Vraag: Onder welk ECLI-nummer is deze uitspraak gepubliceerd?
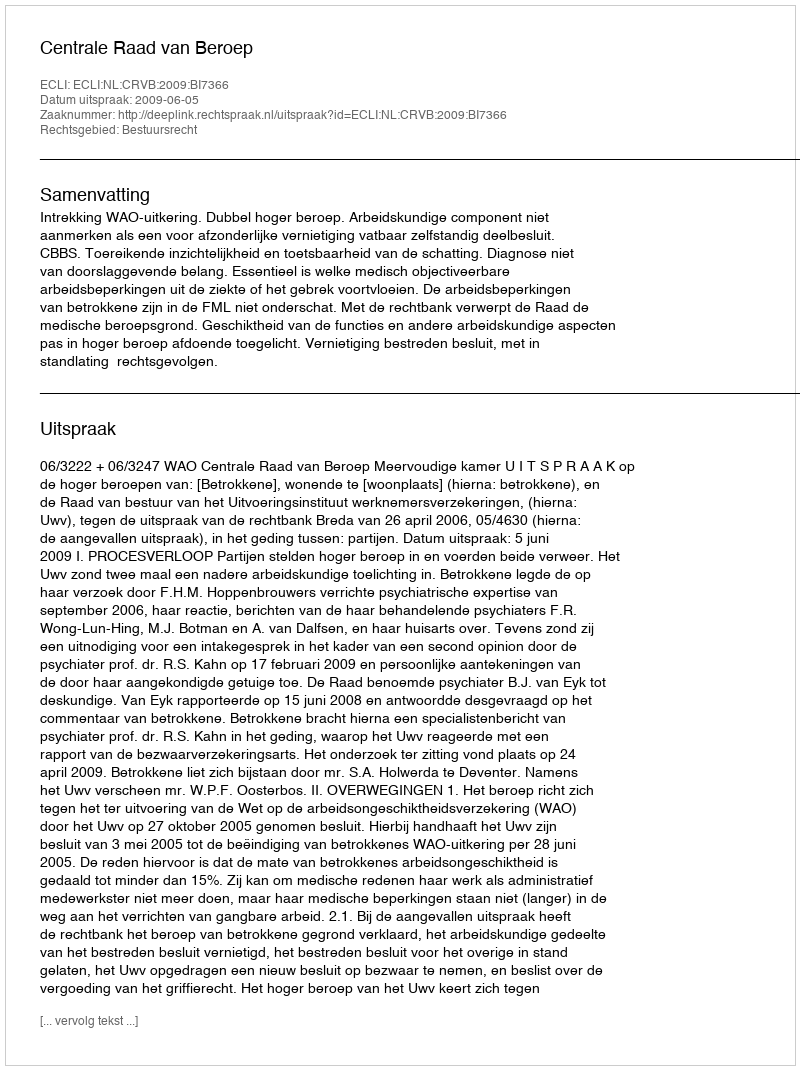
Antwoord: ECLI:NL:CRVB:2009:BI7366